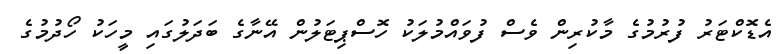
އެޑޮކްޓަރު ފުރުމުގެ މާކުރިން ވެސް ފުވައްމުލަކު ހޮސްޕިޓަލުން އޭނާގެ ބަދަލުގައި މީހަކު ހޯދުމުގެ